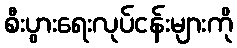
စီးပွားရေးလုပ်ငန်းများကို